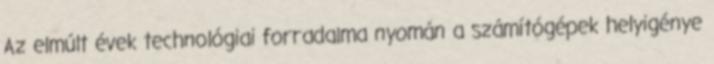
Az elmúlt évek technológiai forradalma nyomán a számítógépek helyigénye